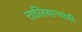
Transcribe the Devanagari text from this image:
तालिबान्यांशी